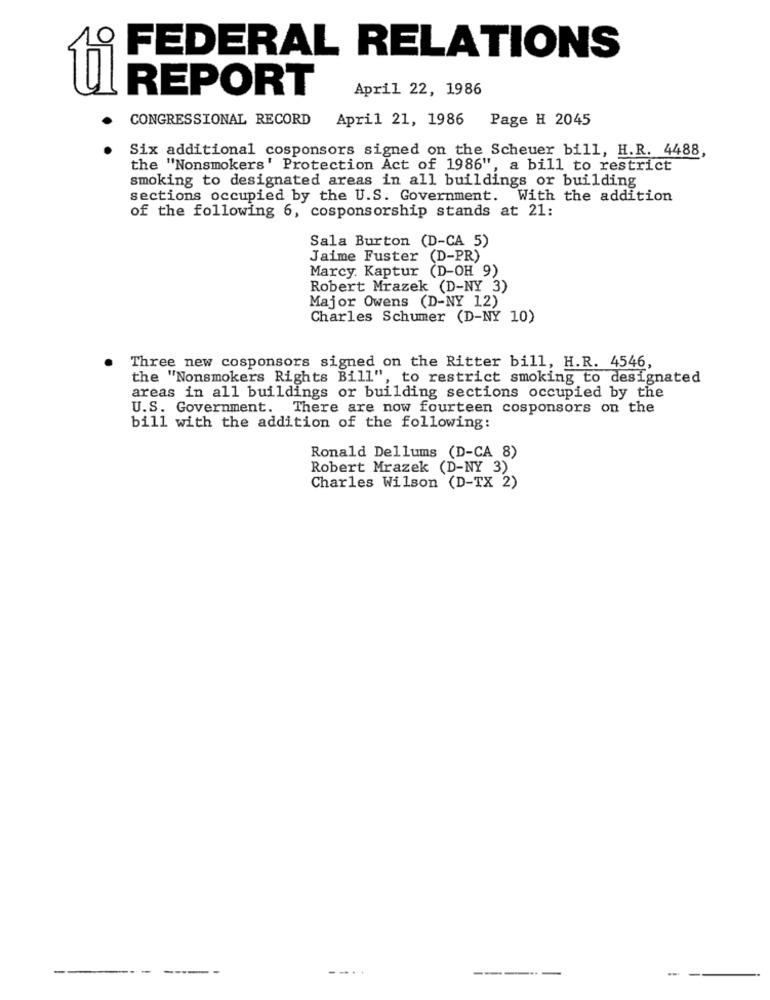
FEDERAL RELATIONS
REPORT
April 22, 1986
CONGRESSIONAL RECORD
April 21, 1986
Page H 2045
Six additional cosponsors signed on the Scheuer bill, H.R. 4488,
the "Nonsmokers' Protection Act of 1986", a bill to restrict
smoking to designated areas in all buildings or building
sections occupied by the U.S. Government. With the addition
of the following 6, cosponsorship stands at 21:
Sala Burton (D-CA 5)
Jaime Fuster (D-PR)
Marcy. Kaptur (D-OH 9)
Robert Mrazek (D-NY 3)
Major Owens (D-NY 12)
Charles Schumer (D-NY 10)
Three new cosponsors signed on the Ritter bill, H.R. 4546,
the "Nonsmokers Rights Bill", to restrict smoking to designated
areas in all buildings or building sections occupied by the
U.S. Government. There are now fourteen cosponsors on the
bill with the addition of the following:
Ronald Dellums (D-CA 8)
Robert Mrazek (D-NY 3)
Charles Wilson (D-TX 2)
--...
-----